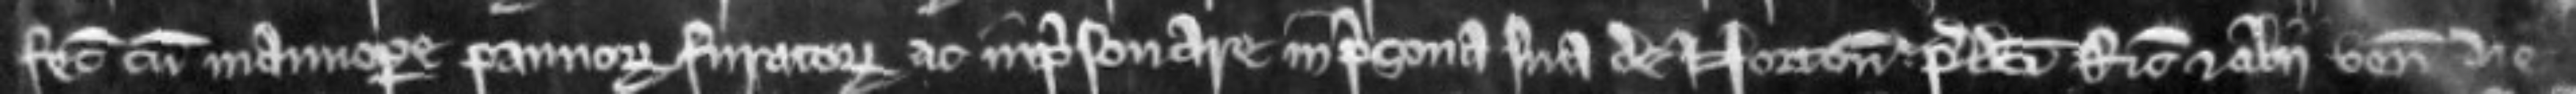
fecit cum manuopere pannorum furatorum ac inprisonare in prisona sua de Norton. predicti Ricardus et alii venerunt die